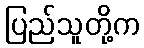
ပြည်သူတို့က